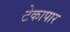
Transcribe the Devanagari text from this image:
टेकापार